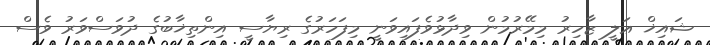
ޝައިޚް ޢަލީ ޒާހިރު މިމޭރުމުން ވިދާޅުވެފައިވަނީ މިފަހަރުގެ ރިޔާސީ އިންތިޚާބުގެ ދުވަސްވަރު ވެސް